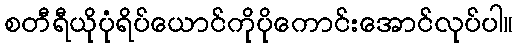
စတီရီယိုပုံရိပ်ယောင်ကိုပိုကောင်းအောင်လုပ်ပါ။